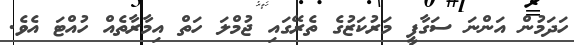
ހަދަމުން އަންނަ ސަގާފީ މަރުކަޒުގެ ތެރޭގައި ޖުމްލަ ހަތް އިމާރާތެއް ހުއްޓަ އެވެ.